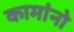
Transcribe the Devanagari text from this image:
कामांनो